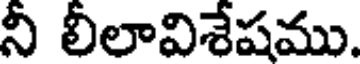
నీ లీలావిశేషము.